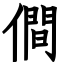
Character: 僴